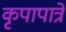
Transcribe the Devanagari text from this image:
कृपापात्रे